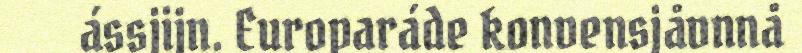
ássjijn. Europaráde konvensjåvnnå